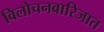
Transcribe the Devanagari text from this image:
विलोचनवारिजात